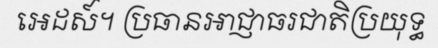
អេដស៍។ ប្រធានអាជ្ញាធរជាតិប្រយុទ្ធ